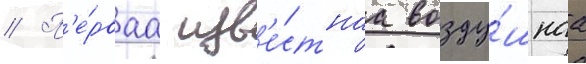
// П'е́рваа изв'е́стнаа возду́шнаа